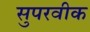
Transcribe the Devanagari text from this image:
सुपरवीक